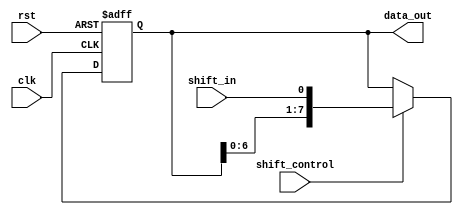
module pipo_shift_register(
  input clk,
  input rst,
  input shift_in,
  input shift_control,
  output reg [7:0] data_out
);

reg [7:0] reg_data;

always @ (posedge clk or posedge rst) begin
  if (rst) begin
    reg_data <= 8'h00;
  end else begin
    if (shift_control) begin
      reg_data <= {reg_data[6:0], shift_in};
    end else begin
      reg_data <= reg_data;
    end
  end
end

assign data_out = reg_data;

endmodule